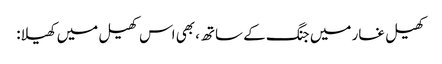
کھیل غار میں جنگ کے ساتھ، بھی اس کھیل میں کھیلا: